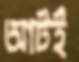
আটই